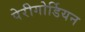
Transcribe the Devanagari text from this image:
पेरीगोर्डियन